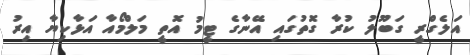
އަލެގްރީ ގަބޫލު ކުރާ ގޮތުގައި އޭނާގެ ޓީމު އޮތީ މަލްމޯއާ އަޅާކިޔާ އިރު